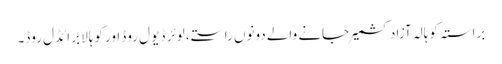
براستہ کوہالہ آزاد کشمیر جانے والے دونوں راستے، لوئر ڈیو ل روڈ اور کوہالا برائڈل روڈ۔